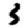
Digit: 3